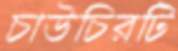
চাউচিরটি